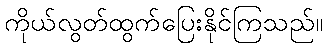
ကိုယ်လွတ်ထွက်ပြေးနိုင်ကြသည်။